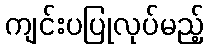
ကျင်းပပြုလုပ်မည့်